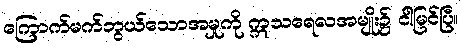
ကြောက်မက်ဘွယ်သောအမှုကို ဣသရေလအမျိုး၌ ငါမြင်ပြီ။